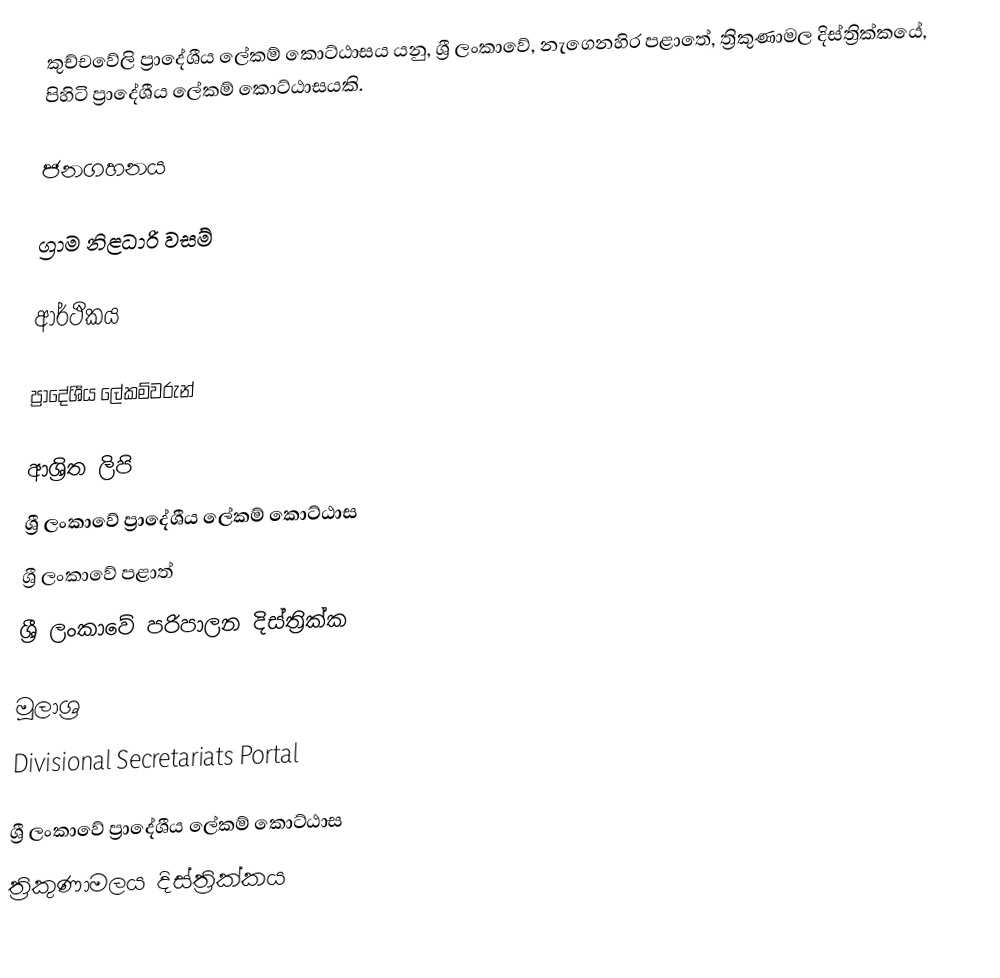
කුච්චවේලි ප්‍රාදේශීය ලේකම් කොට්ඨාසය යනු,  ශ්‍රී ලංකාවේ, නැගෙනහිර පළාතේ,   ත්‍රිකුණාමල දිස්ත්‍රික්කයේ, පිහිටි ප්‍රාදේශීය ලේකම් කොට්ඨාසයකි.

ජනගහනය

ග්‍රාම නිළධාරි වසම්

ආර්ථිකය

ප්‍රාදේශීය ලේකම්වරුන්

ආශ්‍රිත ලිපි
ශ්‍රී ලංකාවේ ප්‍රාදේශීය ලේකම් කොට්ඨාස
ශ්‍රී ලංකාවේ පළාත්
ශ්‍රී ලංකාවේ පරිපාලන දිස්ත්‍රික්ක

මූලාශ්‍ර
 Divisional Secretariats Portal

ශ්‍රී ලංකාවේ ප්‍රාදේශීය ලේකම් කොට්ඨාස
ත්‍රිකුණාමලය දිස්ත්‍රික්කය